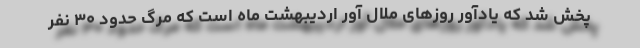
پخش شد که یادآور روزهای ملال آور اردیبهشت ماه است که مرگ حدود ۳۰ نفر